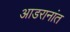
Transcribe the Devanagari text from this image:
आडरानांत